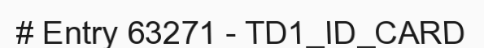
# Entry 63271 - TD1_ID_CARD